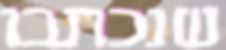
שנכתבו